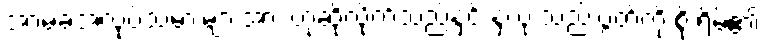
အာမခံအလုပ်သမားများအား ဟုဆိုလိုက်သည်နှင့် နှလုံးသည်းပွတ်ကို စိုးရိမ်၏